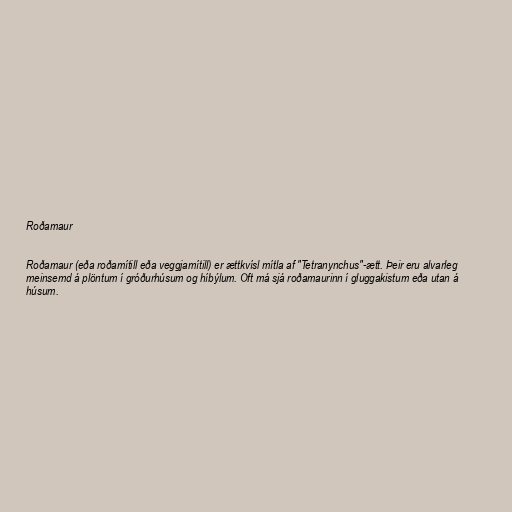
Roðamaur

Roðamaur (eða roðamítill eða veggjamítill) er ættkvísl mítla af "Tetranynchus"-ætt. Þeir eru alvarleg
meinsemd á plöntum í gróðurhúsum og híbýlum. Oft má sjá roðamaurinn í gluggakistum eða utan á
húsum.